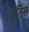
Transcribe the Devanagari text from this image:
ईतिस